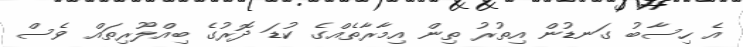
އެ ހިސާބު ގަނޑުން އިތުރު ތިން އިމާރާތެއްގެ ކުޑަ ދޮރުގެ ބިއްލޫރިތައް ވެސް